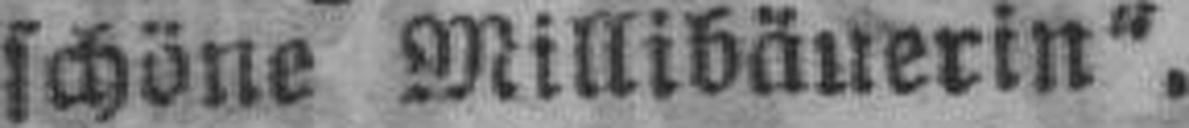
schöne Millibäuerin“.